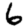
Digit: 6